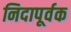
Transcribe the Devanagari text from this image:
निदापूर्वक